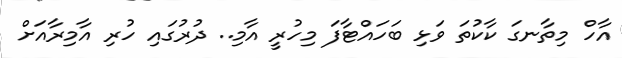
އާހް މިތާނގަ ކާކުތަ ވަޅި ބަހައްޓާފަ މިހުރީ އާމި.. ދުރުގައި ހުރި އާމިރާއަށް